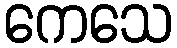
ကေသေ